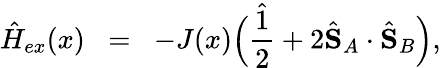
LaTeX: {\hat{H}}_{ex}(x)\; \; =\; \; -J(x)\Big(\frac{\hat{1}}{2}+2\hat{\mathbf{S}}_{A}\cdot\hat{\mathbf{S}}_{B}\Big),